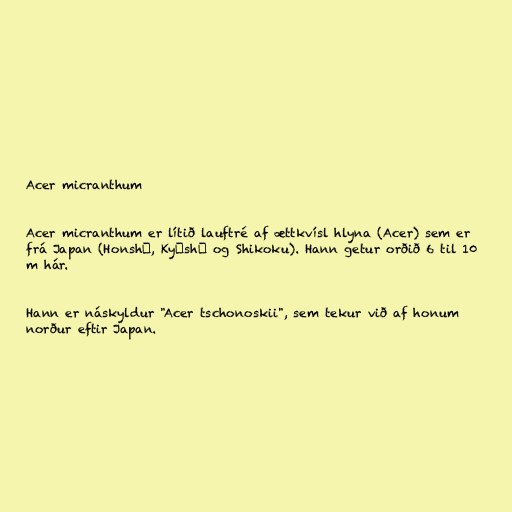
Acer micranthum

Acer micranthum er lítið lauftré af ættkvísl hlyna (Acer) sem er
frá Japan (Honshū, Kyūshū og Shikoku). Hann getur orðið 6 til 10
m hár.

Hann er náskyldur "Acer tschonoskii", sem tekur við af honum
norður eftir Japan.